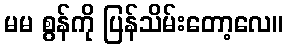
မမ စွန်ကို ပြန်သိမ်းတော့လေ။